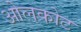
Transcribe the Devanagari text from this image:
ओलकोट